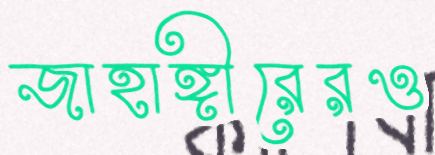
জাহাঙ্গীরেরও